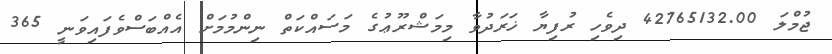
ޖުމްލަ 42765132.00 ދިވެހި ރުފިޔާ ޚަރަދުވާ މިމަޝްރޫޢުގެ މަސައްކަތް ނިންމުމަށް އެއްބަސްވެފައިވަނީ 365